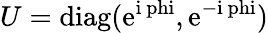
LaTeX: U=\mathrm{{diag}(e^{i\ phi},e^{-i\ phi})}